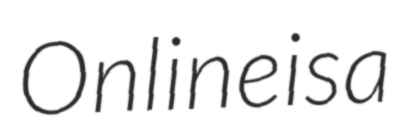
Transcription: Online is a